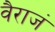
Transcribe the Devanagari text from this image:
वैराजं